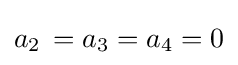
a_{2}\,=a_{3}=a_{4}=0